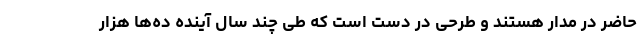
حاضر در مدار هستند و طرحی در دست است که طی چند سال آینده ده‌ها هزار